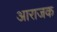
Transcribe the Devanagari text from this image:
आराजक